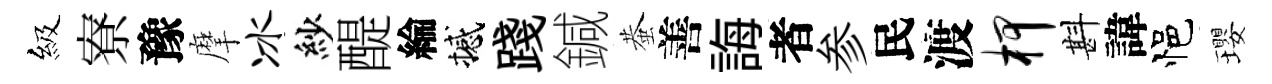
級寮豫摩冰紗醍綸撼踐鍼蛬善誨者参民渡柙斟諱悒瓔